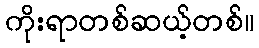
ကိုးရာတစ်ဆယ့်တစ်။